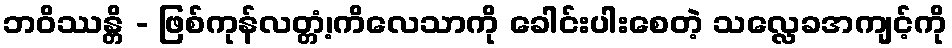
ဘဝိဿန္တိ - ဖြစ်ကုန်လတ္တံ့၊ကိလေသာကို ခေါင်းပါးစေတဲ့ သလ္လေခအကျင့်ကို